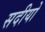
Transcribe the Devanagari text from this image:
सदीयो